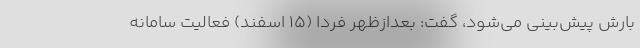
بارش ‌پیش‌بینی می‌شود، گفت: بعدازظهر فردا (۱۵ اسفند) فعالیت سامانه